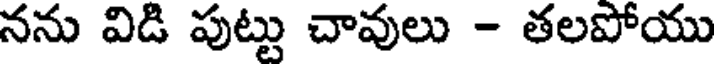
నను విడి పుట్టు చావులు - తలపోయు